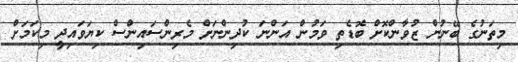
މިތަނުގެ ބޭނުން ޒުވާންކޮށް ބޮޑެތި ވަމުން އަންނަ ކުދިންނަށް މެރިންސައިންސް ކިޔަވައިދީ މިކަމަށް